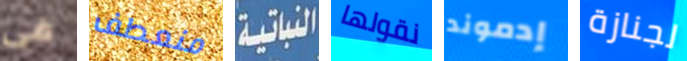
فى منعطف النباتية نقولها إدموند لجنازة